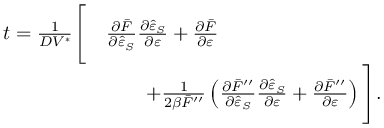
\begin{array} { r l } { t = \frac { 1 } { D V ^ { \ast } } \Bigg [ } & { \frac { \partial \bar { F } } { \partial \hat { \varepsilon } _ { S } } \frac { \partial \hat { \varepsilon } _ { S } } { \partial \varepsilon } + \frac { \partial \bar { F } } { \partial \varepsilon } } \\ & { \qquad + \frac { 1 } { 2 \beta \bar { F } ^ { \prime \prime } } \left( \frac { \partial \bar { F } ^ { \prime \prime } } { \partial \hat { \varepsilon } _ { S } } \frac { \partial \hat { \varepsilon } _ { S } } { \partial \varepsilon } + \frac { \partial \bar { F } ^ { \prime \prime } } { \partial \varepsilon } \right) \Bigg ] . } \end{array}